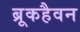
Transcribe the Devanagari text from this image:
ब्रूकहैवन